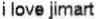
I LOVE JIMART